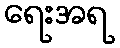
ရေးအရ